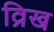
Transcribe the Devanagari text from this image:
व्रिख